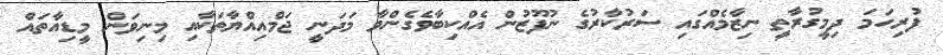
ފުރިހަމަ ދިމީގުރާތީ ނިޒާމެއްގައި ސަރުކާރުގެ ނުފޫޒުން އެއްކިބާވެގެންވާ މަދަނީ ޖަމްއިއްޔާތަކާއި މިނިވަން މީޑިއާތައް